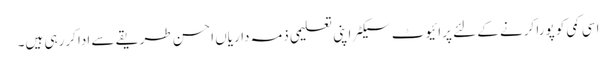
اسی کمی کو پورا کرنے کے لئے پرائیوٹ سیکٹر اپنی تعلیمی ذمہ داریاں احسن طریقے سے ادا کررہی ہیں۔